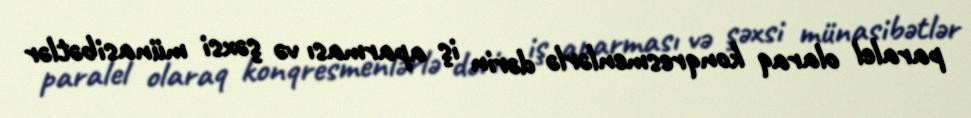
paralel olaraq konqresmenlərlə dərin iş aparması və şəxsi münasibətlər